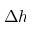
\Delta { h }